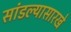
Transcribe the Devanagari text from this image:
सांडल्यासारखे